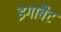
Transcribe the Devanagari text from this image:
इगाबैट